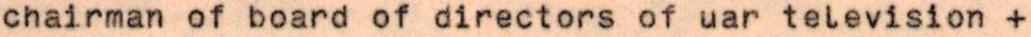
chairman of board of directors of uar television +